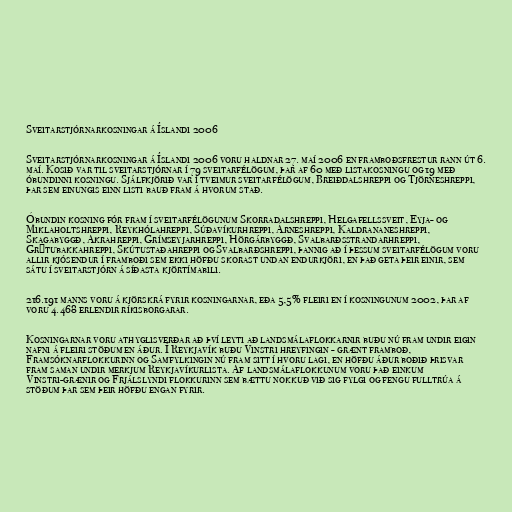
Sveitarstjórnarkosningar á Íslandi 2006

Sveitarstjórnarkosningar á Íslandi 2006 voru haldnar 27. maí 2006 en framboðsfrestur rann út 6.
maí. Kosið var til sveitarstjórnar í 79 sveitarfélögum, þar af 60 með listakosningu og 19 með
óbundinni kosningu. Sjálfkjörið var í tveimur sveitarfélögum, Breiðdalshreppi og Tjörneshreppi,
þar sem einungis einn listi bauð fram á hvorum stað.

Óbundin kosning fór fram í sveitarfélögunum Skorradalshreppi, Helgafellssveit, Eyja- og
Miklaholtshreppi, Reykhólahreppi, Súðavíkurhreppi, Árneshreppi, Kaldrananeshreppi,
Skagabyggð, Akrahreppi, Grímseyjarhreppi, Hörgárbyggð, Svalbarðsstrandarhreppi,
Grýtubakkahreppi, Skútustaðahreppi og Svalbarðshreppi, þannig að í þessum sveitarfélögum voru
allir kjósendur í framboði sem ekki höfðu skorast undan endurkjöri, en það geta þeir einir, sem
sátu í sveitarstjórn á síðasta kjörtímabili.

216.191 manns voru á kjörskrá fyrir kosningarnar, eða 5,5% fleiri en í kosningunum 2002, þar af
voru 4.468 erlendir ríkisborgarar.

Kosningarnar voru athyglisverðar að því leyti að landsmálaflokkarnir buðu nú fram undir eigin
nafni á fleiri stöðum en áður. Í Reykjavík buðu Vinstri hreyfingin - grænt framboð,
Framsóknarflokkurinn og Samfylkingin nú fram sitt í hvoru lagi, en höfðu áður boðið þrisvar
fram saman undir merkjum Reykjavíkurlista. Af landsmálaflokkunum voru það einkum
Vinstri-grænir og Frjálslyndi flokkurinn sem bættu nokkuð við sig fylgi og fengu fulltrúa á
stöðum þar sem þeir höfðu engan fyrir.